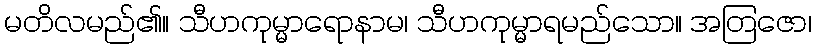
မတိလမည်၏။ သီဟကုမ္မာရောနာမ၊ သီဟကုမ္မာရမည်သော။ အတြဇော၊